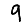
Digit: 9